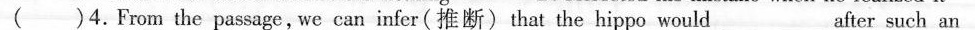
( )4.From the passage,we can infer(推断)that the hippo would_________after such an